Vaccine operations Central Provinces 1886-1899 - 1886-1899
Year: 1886
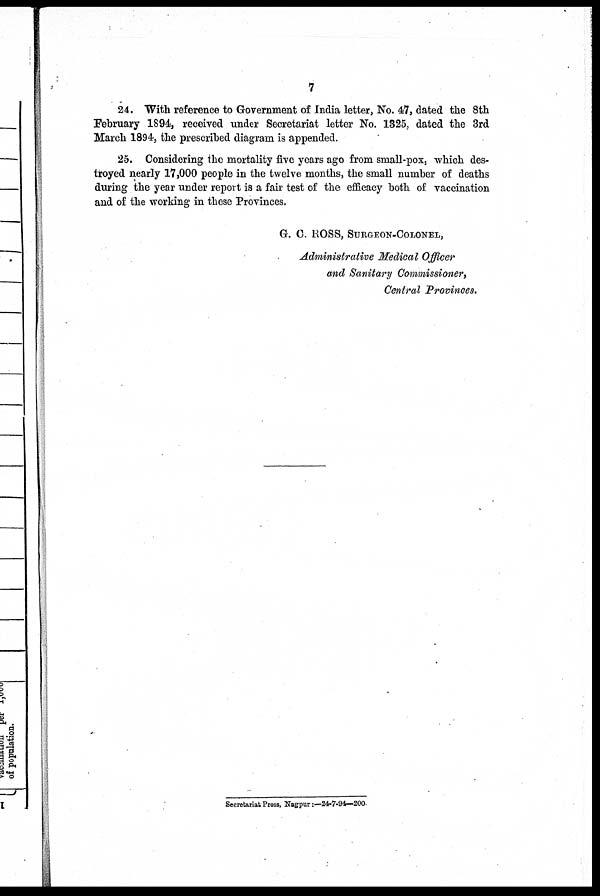
7
24. With reference to Government of India letter, No. 47, dated the 8th
February 1894, received under Secretariat letter No. 1325, dated the 3rd
March 1894, the prescribed diagram is appended.
25. Considering the mortality five years ago from small-pox, which des-
troyed nearly 17,000 people in the twelve months, the small number of deaths
during the year under report is a fair test of the efficacy both of vaccination
and of the working in these Provinces.
G. C. ROSS, SURGEON-COLONEL,
Administrative Medical Officer
and Sanitary Commissioner,
Central Provinces.
Secretariat Press, Nagpur:—24-7-94—200.